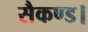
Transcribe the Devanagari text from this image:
सैकण्ड।